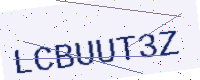
Text: LCBUUT3Z